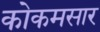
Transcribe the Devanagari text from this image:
कोकमसार